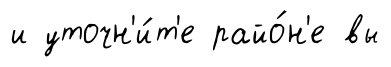
и уточн'и́т'е райо́н'е вы